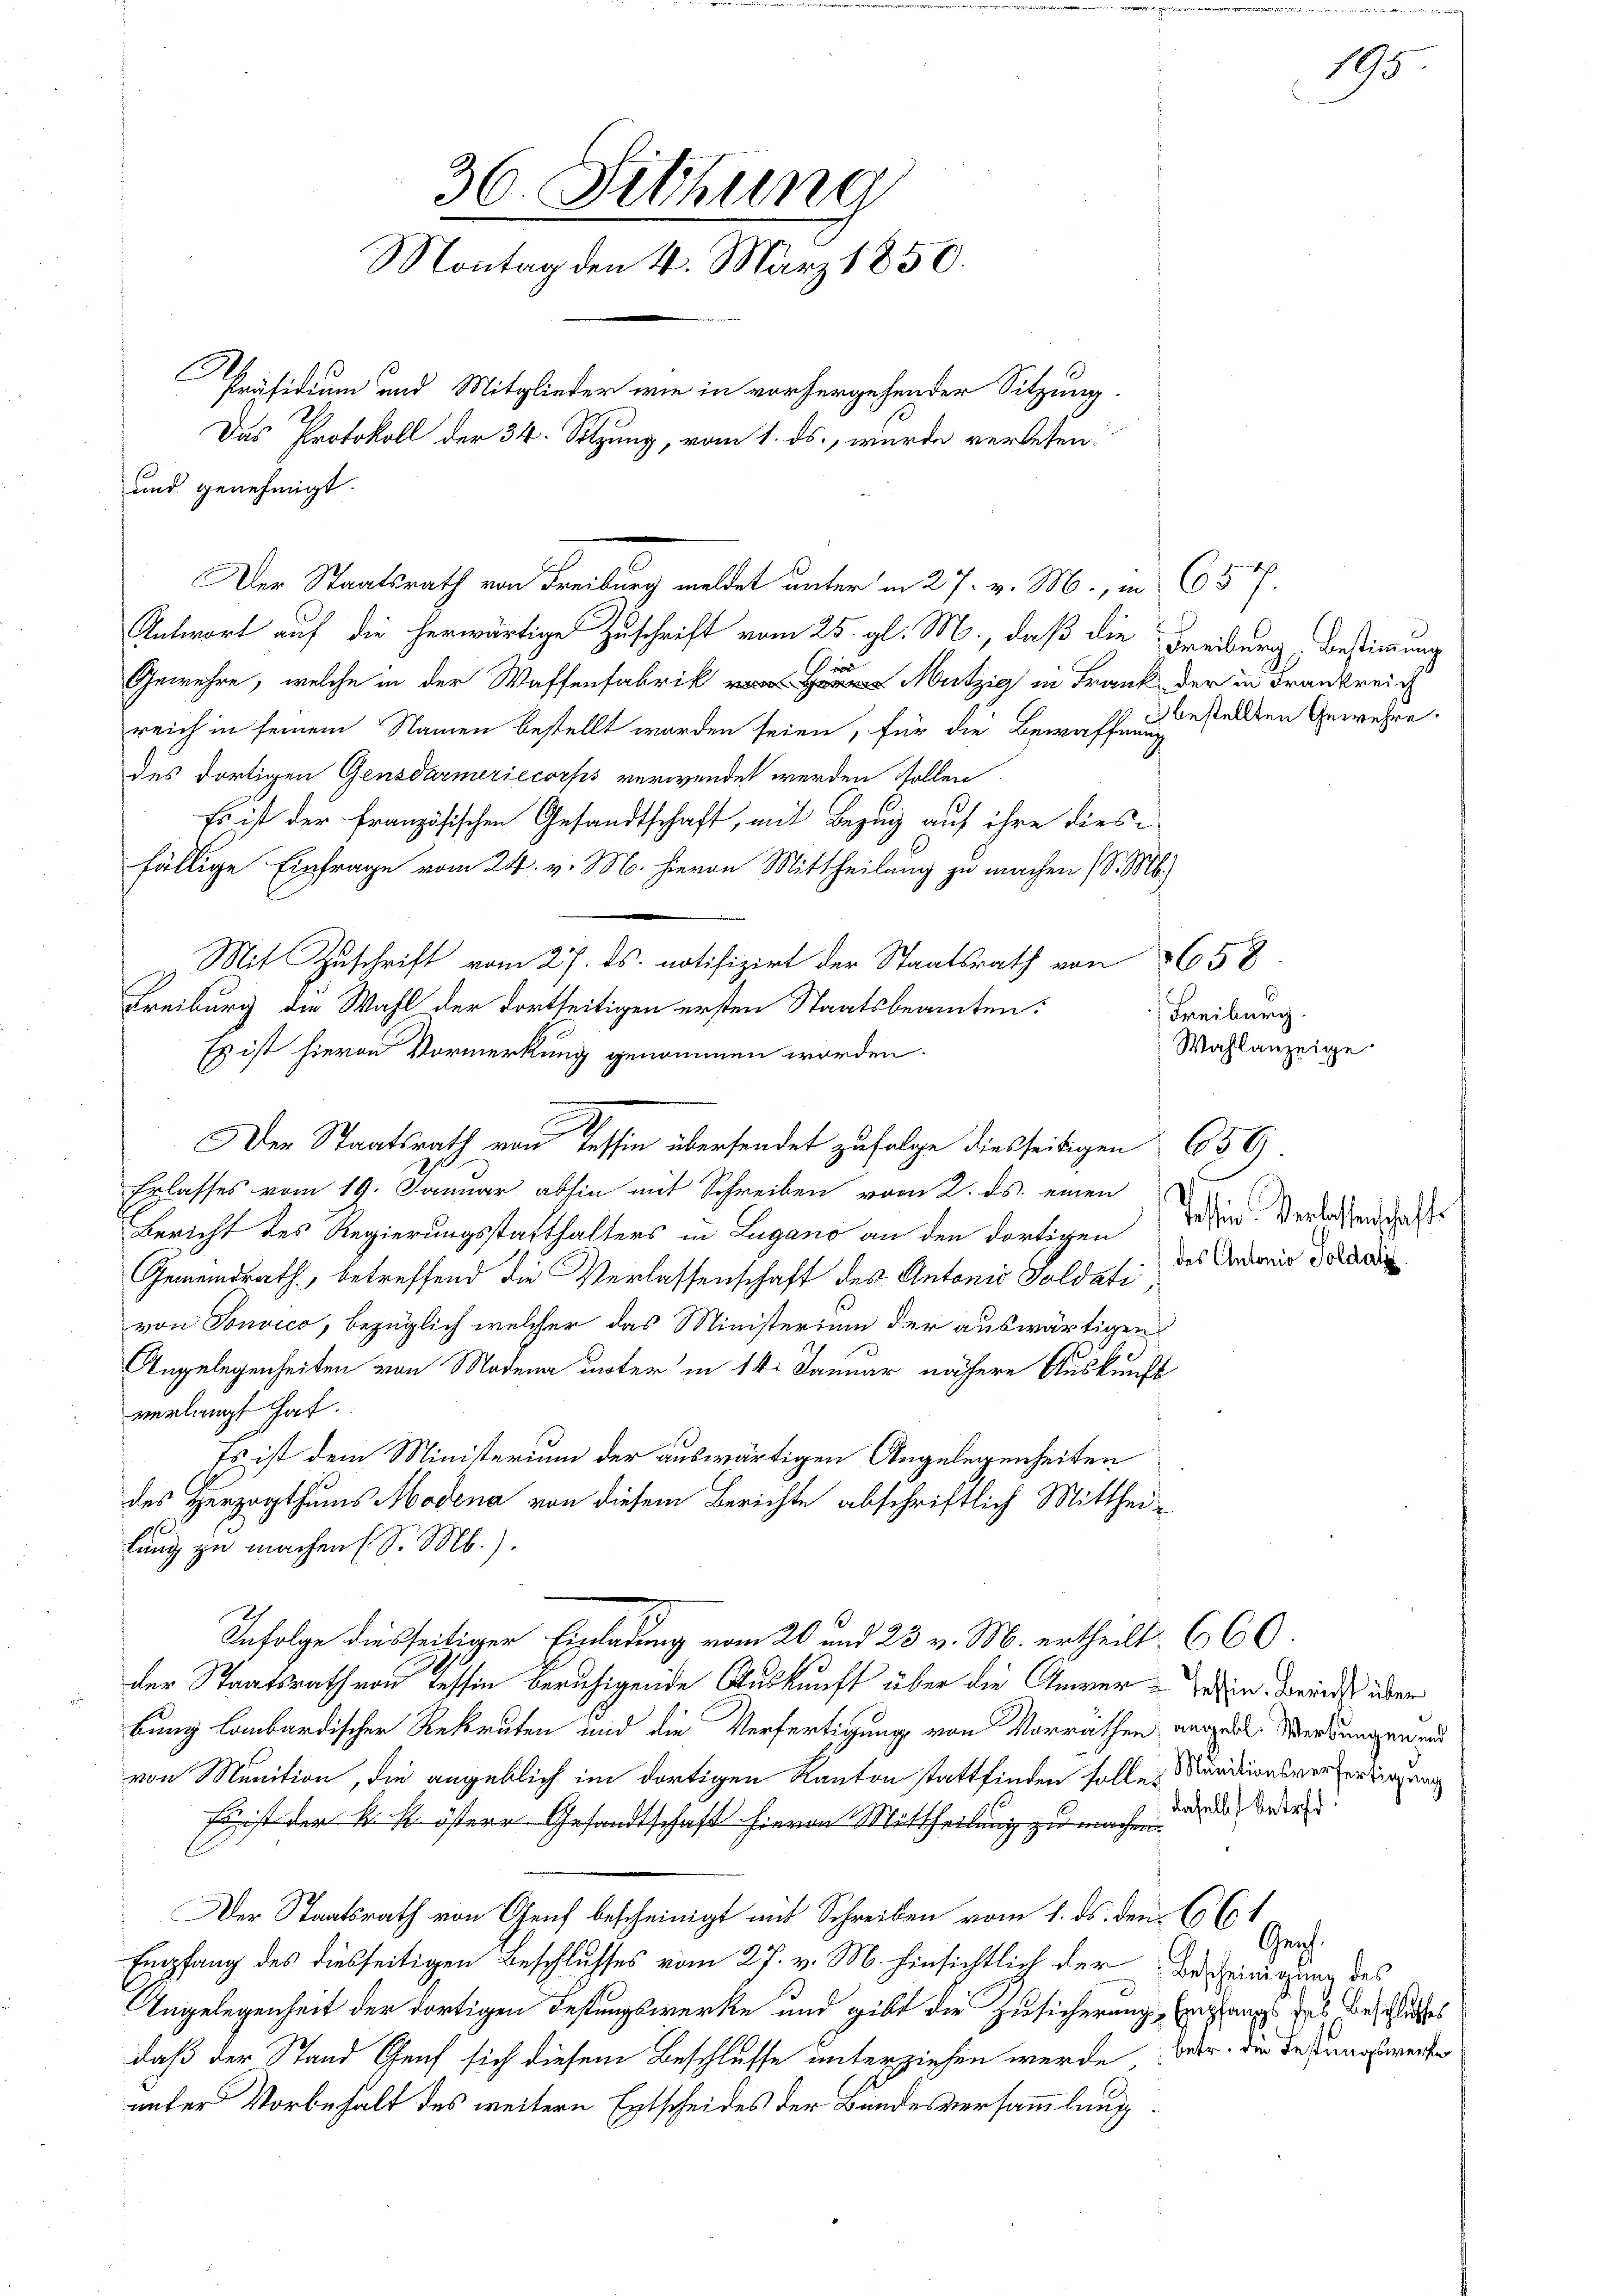
36. Sitzung
Montag den 4. März 1850.
Präsidium und Mitglieder wie in vorhergehender Sitzung.
Das Protokoll der 34. Sitzung, vom 1. ds., wurde verlesen:
und genehmigt.

Antwort auf die herwärtige Zuschrift vom 25. gl. M., daß die Freiburg, Bestimmung
.
Gewehre, welche in der Waffenfabrik Mutz in Frank der in Frankreic
reich in seinem Namen bestellt worden seien, für die Bewaffnung
des dortigen Gensdarmeriecorps verwendet werden sollen
Es ist der französischen Gesandtschaft, mit Bezug auf ihre dies
fällige Einfrage vom 24. v. M. herrn Mittheilung zu machen (S. M.)
Mit Zuschrift vom 27. ds. notifizirt der Staatsrath von 3658
Freiburg die Wahl der dortseitigen ersten Staatsbeamten:
Es ist hievon Vormerkung genommen worden.
Erlasses vom 19. Januar abhin mit Schreiben vom 2. ds. einen
Bericht des Regierungsstatthalters in Lugano an den dortigen Wind. Verlassenschafts
Gemeindrath, betreffend die Verlassenschaft des Antonio Soldati,
von Souvico, bezüglich welcher das Ministerium der auswärtigen
Angelegenheiten von Modena unter in 14. Januar nähere Auskunft
verlangt hat.
Es ist dem Ministerium der auswärtigen Angelegenheiten
des Herzogthums Modena von diesem Berichte abschriftlich Mittheilung zu machen (S. Mb.).
Infolge diesseitiger Einladung vom 20 und 23. v. M. ertheilt. 660.
der Staatsrath von Tessin beruhigende Auskunft über die Anwer- ein Bericht über
bung lombardischer Rekruten und die Verfertigung von Vorräthen angeden Werbungen und
von Munition, die angeblich im dortigen Kanton stattfinden solle, Mundionsverfertigung
Frist der k. k. österr Gesandtschaft hievon Mittheilung zu machen die orden
Der Staatsrath von Genf bescheinigt mit Schreiben vom 1. ds. den 661
Empfang des diesseitigen Beschlusses vom 27. v. M. hinsichtlich der Der Reinigung des
Angelegenheit der dortigen Festungswerke und gibt die Zusicherung, gegangs des Einschliches
daß der Stand Genf sich diesem Beschlusse unterziehen wurde betr. der Instragsweite
unter Vorbehalt des weitern Entscheides der Bundesversammlung

Der Staatsrath von Tessin übersendet zufolge diesseitigen

Der Staatsrath von Freiburg meldet unter in 27. v. M., in 657.

bestellten Gewehre.

Freiburg.
Wahlanzeige

659.
des Antonio Soldatz.

195

Gen.